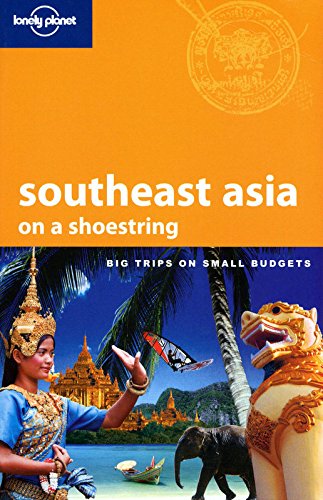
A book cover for Lonely Planet Southeast Asia: On a Shoestring (Shoestring Travel Guide); China Williams; Travel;